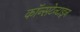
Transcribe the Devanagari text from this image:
कॉन्सटेन्टाइन